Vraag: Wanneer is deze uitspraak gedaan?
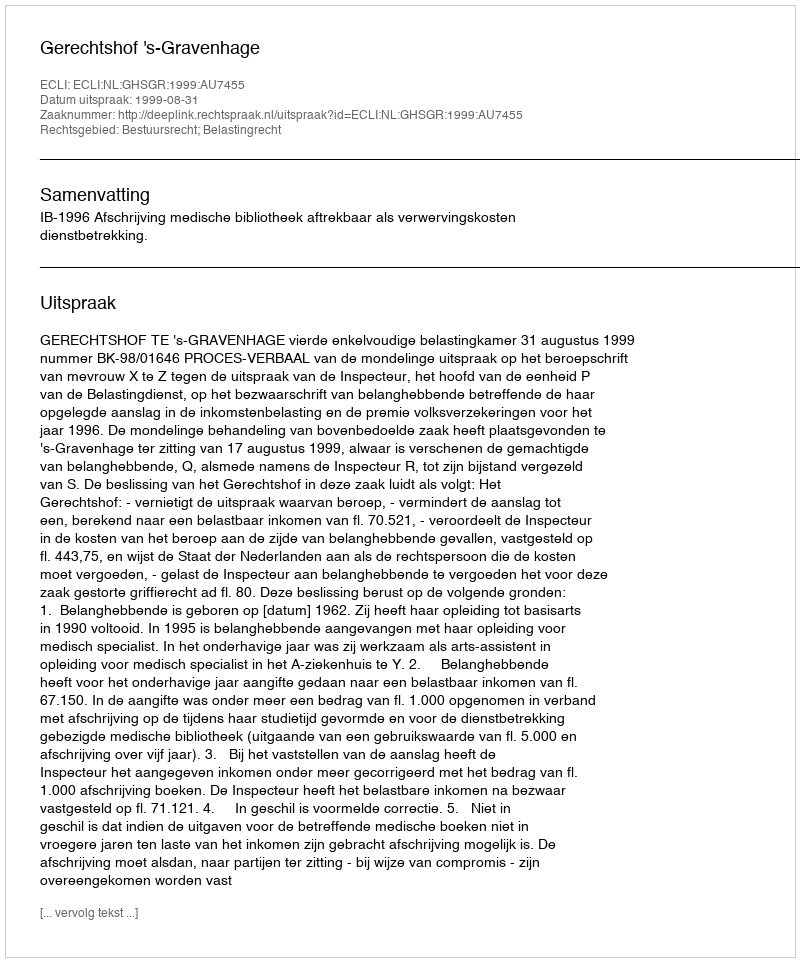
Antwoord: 1999-08-31